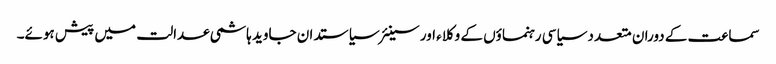
سماعت کے دوران متعدد سیاسی رہنماؤں کے وکلاء اور سینئر سیاستدان جاوید ہاشمی عدالت میں پیش ہوئے۔